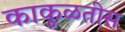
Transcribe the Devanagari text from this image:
काकुळतीस